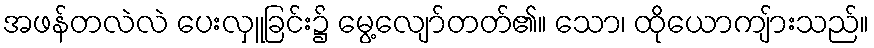
အဖန်တလဲလဲ ပေးလှူခြင်း၌ မွေ့လျော်တတ်၏။ သော၊ ထိုယောကျ်ားသည်။